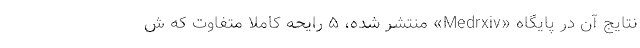
نتایج آن در پایگاه «Medrxiv» منتشر شده، ۵ رایحه کاملا متفاوت که ش